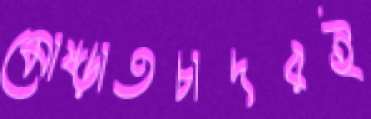
মোষ্‌ড়াতচাদরই